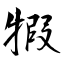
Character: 犌